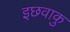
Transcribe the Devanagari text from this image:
इछवाकु